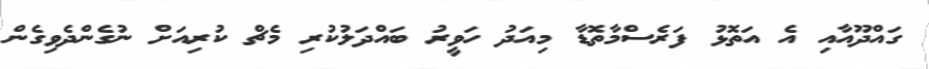
ގައްދޫއާއި އެ އަތޮޅު ފަރެސްމާތޮޑާ މިއަދު ހަވީރު ބައްދަލުކުރި މެޗް ކުރިއަށް ނުގެންދެވިގެން